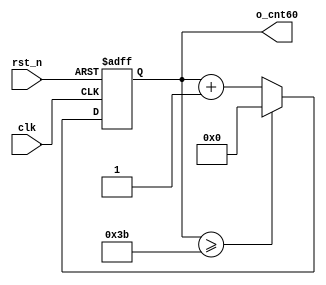

module cnt60(	o_cnt60,
				clk,
				rst_n);

output	[5:0]	o_cnt60		;
input			clk			;
input			rst_n		;

reg		[5:0]	o_cnt60		;
always @(posedge clk or negedge rst_n) begin
	if(rst_n == 1'b0) begin
		o_cnt60 <= 6'd0;
	end else begin
		if(o_cnt60 >= 6'd59) begin
			o_cnt60 <= 6'd0;
		end else begin
			o_cnt60 <= o_cnt60 + 1'b1;
		end
	end
end

endmodule

//	--------------------------------------------------
//	Numerical Controlled Oscillator
//	Hz of o_gen_clk = Clock Hz / num
//	--------------------------------------------------
module	nco(	o_gen_clk,
				i_nco_num,
				clk,
				rst_n);

output			o_gen_clk	;	// 1Hz CLK

input	[31:0]	i_nco_num	;
input			clk			;	// 50Mhz CLK
input			rst_n		;

reg		[31:0]	cnt			;
reg				o_gen_clk	;
always @(posedge clk or negedge rst_n) begin
	if(rst_n == 1'b0) begin
		cnt		<= 32'd0;
		o_gen_clk	<= 1'd0	;
	end else begin
		if(cnt >= i_nco_num/2-1) begin
			cnt 	<= 32'd0;
			o_gen_clk	<= ~o_gen_clk;
		end else begin
			cnt <= cnt + 1'b1;
		end
	end
end

endmodule

//	--------------------------------------------------
//	NCO Clock Based 0~59 Counter
//	--------------------------------------------------
module	nco_cnt(
				o_nco_cnt,
				i_nco_num,
				clk,
				rst_n);

output	[5:0]	o_nco_cnt	;

input	[31:0]	i_nco_num	;
input			clk			;
input			rst_n		;

wire	gen_clk	;


nco		u_nco(	        .o_gen_clk	( gen_clk	),
				.i_nco_num	( i_nco_num	),
				.clk		( clk		),
				.rst_n		( rst_n		));

cnt60	u_cnt60(.o_cnt60	( o_nco_cnt	),
				.clk		( gen_clk	),
				.rst_n		( rst_n		));

endmodule

module	fnd_dec(o_seg,
		i_num);



output	[6:0]	o_seg		;	// {o_seg_a, o_seg_b, ... , o_seg_g}

input	[3:0]	i_num		;

reg [6:0] o_seg;


always @(i_num)  begin

case (i_num) 

	4'd0 : {o_seg} = 7'b1111110;
	4'd1 : {o_seg} = 7'b0110000;
	4'd2 : {o_seg} = 7'b1101101;
	4'd3 : {o_seg} = 7'b1111001;

	4'd4 : {o_seg} = 7'b0110011;
	4'd5 : {o_seg} = 7'b1011011;
	4'd6 : {o_seg} = 7'b1011111;
	4'd7 : {o_seg} = 7'b1110000;

	4'd8 : {o_seg} = 7'b1111111;
	4'd9 : {o_seg} = 7'b1110011;

default : {o_seg} = 7'b0000000;


    
endcase

end 

endmodule





module	double_fig_sep(
				o_left,
				o_right,
				i_double_fig);

output	[3:0]	o_left		;
output	[3:0]	o_right		;

input	[5:0]	i_double_fig;
 
assign	o_left = i_double_fig / 10;
assign	o_right  = i_double_fig % 10;

endmodule

//	--------------------------------------------------
//	0~59 --> 2 Separated Segments
//	--------------------------------------------------
module	led_disp(
				o_seg,
				o_seg_dp,
				o_seg_enb,
				i_six_digit_seg,
				i_six_dp,
				clk,
				rst_n);

output	[5:0]	o_seg_enb		;
output			o_seg_dp		;
output	[6:0]	o_seg			;

input	[41:0]	i_six_digit_seg	;
input	[5:0]	i_six_dp		;
input			clk				;
input			rst_n			;

		
wire	gen_clk		;

nco		u_nco(		.o_gen_clk	( gen_clk		),
				.i_nco_num	(32'd5000000),
				.clk		( clk			),
				.rst_n		( rst_n			));

reg		[3:0]	cnt_common_node	;
always @(posedge gen_clk or negedge rst_n) begin
	if(rst_n == 1'b0) begin
		cnt_common_node		<= 32'd0;
	end else begin
		if(cnt_common_node >= 4'd5) begin
			cnt_common_node 	<= 4'd0;
		end else begin
			cnt_common_node <= cnt_common_node + 1'b1;
		end
	end
end

reg		[5:0]	o_seg_enb		;
always @(cnt_common_node) begin
	case (cnt_common_node)
		4'd0 : o_seg_enb = 6'b111110;
		4'd1 : o_seg_enb = 6'b111101;
		4'd2 : o_seg_enb = 6'b111011;
		4'd3 : o_seg_enb = 6'b110111;
		4'd4 : o_seg_enb = 6'b101111;
		4'd5 : o_seg_enb = 6'b011111;
	endcase
end

reg				o_seg_dp		;
always @(cnt_common_node) begin
	case (cnt_common_node)
		4'd0 : o_seg_dp = i_six_dp[0];
		4'd1 : o_seg_dp = i_six_dp[1];
		4'd2 : o_seg_dp = i_six_dp[2];
		4'd3 : o_seg_dp = i_six_dp[3];
		4'd4 : o_seg_dp = i_six_dp[4];
		4'd5 : o_seg_dp = i_six_dp[5];
	endcase
end

reg		[6:0]	o_seg			;
always @(cnt_common_node) begin
	case (cnt_common_node)
		4'd0 : o_seg = i_six_digit_seg[6:0];
		4'd1 : o_seg = i_six_digit_seg[13:7];
		4'd2 : o_seg = i_six_digit_seg[20:14];
		4'd3 : o_seg = i_six_digit_seg[27:21];
		4'd4 : o_seg = i_six_digit_seg[34:28];
		4'd5 : o_seg = i_six_digit_seg[41:35];
	endcase
end

endmodule




module	top_nco_cnt_disp(	o_seg_enb,
				o_seg_dp,
				o_seg,
				clk,
				rst_n);

output	[5:0]	o_seg_enb	;
output			o_seg_dp	;
output	[6:0]	o_seg		;


input			clk			;
input			rst_n		;



wire [5:0] carry0;


nco_cnt   u_nco_cnt (.o_nco_cnt(carry0),
                     .i_nco_num(32'd50000000) ,
                     .clk(clk),
                     .rst_n(rst_n));
                     


wire [3:0] left;

wire [3:0] right;


double_fig_sep u_double_fig_sep (.i_double_fig(carry0),
                                 .o_left(left),
                                 .o_right(right));
                              

wire [6:0] left_1;
wire [6:0] right_1;

fnd_dec u0_fnd_dec ( .o_seg(left_1),
                     .i_num(left));
                  

fnd_dec u1_fnd_dec ( .o_seg(right_1),
                     .i_num(right));



wire [41:0] carry;

assign carry= { {4{7'b0000000}},left_1,right_1 };

led_disp   u_led_disp (		              .o_seg(o_seg),
				              .o_seg_dp(o_seg_dp),
				              .o_seg_enb(o_seg_enb),
				              .i_six_digit_seg(carry),
				              .i_six_dp(6'd0),
				              .clk(clk),
				              .rst_n(rst_n));                     
                 
endmodule